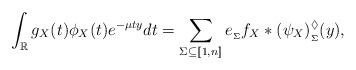
LaTeX: \begin{align*} \int_\mathbb{R}g_X(t)\phi_X(t)e^{-\mu ty} dt = \sum_{\Sigma\subseteq [\![1,n]\!]} e_{_\Sigma}f_X*(\psi_X)^\lozenge_{_\Sigma}(y),\end{align*}